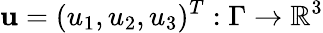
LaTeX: \mathbf u=(u_{1},u_{2},u_{3})^{T}:\Gamma\to\mathbb{R}^{3}